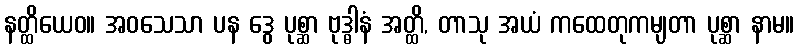
နတ္ထိယေဝ။ အဝသေသာ ပန ဒွေ ပုစ္ဆာ ဗုဒ္ဓါနံ အတ္ထိ, တာသု အယံ ကထေတုကမျတာ ပုစ္ဆာ နာမ။